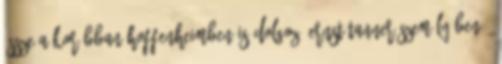
össze a korábban Hoffenheimben is dolgozó Ernst Tanner személyében."